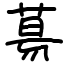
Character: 𦳝